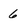
Character: 6